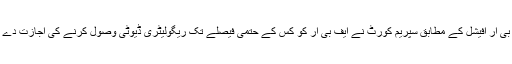
ایف بی آر آفیشل کے مطابق سپریم کورٹ نے ایف بی آر کو کس کے حتمی فیصلے تک ریگولیٹری ڈیوٹی وصول کرنے کی اجازت دے دی۔